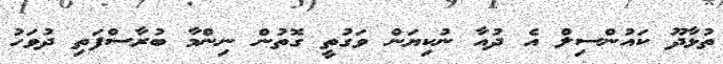
ތުޅާދޫ ކައުންސިލް އެ ދުއާ ނުކިޔަން ވަގުތީ ގޮތުން ނިންމާ ބުރާސްފަތި ދުވަހު